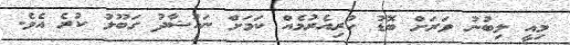
މިއީ ލިބުނު ވަރަށް ބޮޑު ކުރިއެރުމެއް ކަމަށް ނައުޝާދު ގަބޫލު ކުރެ އެވެ.